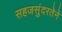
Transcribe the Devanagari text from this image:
सहजसुंदरतेने